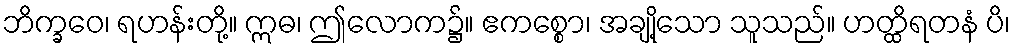
ဘိက္ခဝေ၊ ရဟန်းတို့။ ဣဓ၊ ဤလောက၌။ ဧကစ္စော၊ အချို့သော သူသည်။ ဟတ္ထိရတနံ ပိ၊